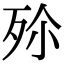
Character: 𣧠